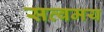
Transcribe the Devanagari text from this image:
सत्वमय